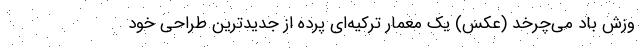
وزش باد می‌چرخد (عکس) یک معمار ترکیه‌ای پرده از جدیدترین طراحی خود